Annual report on the Civil Veterinary Department, Burma (including the Insein Veterinary School) - 1910-1922
Year: 1910
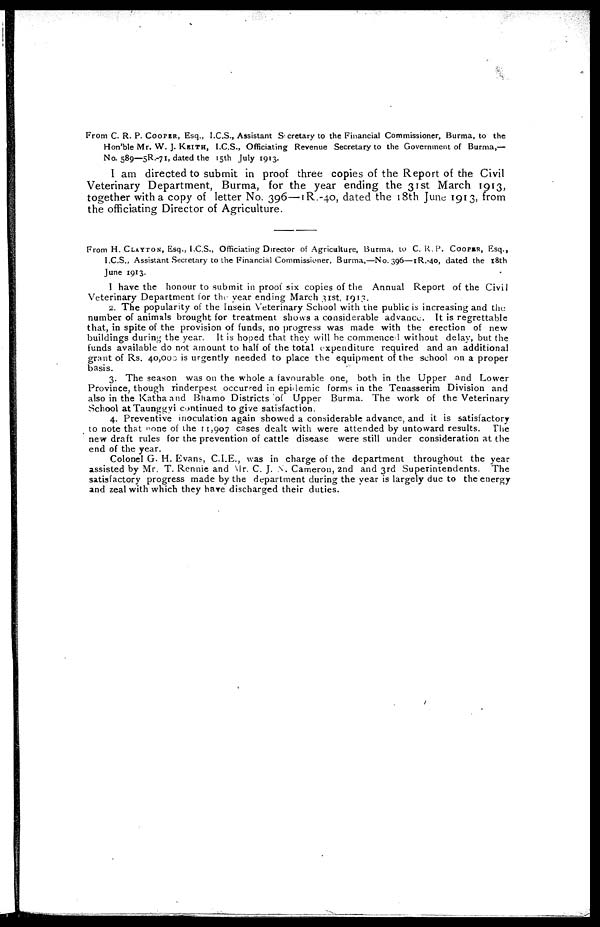
From C. R. P. COOPER, Esq., I.C.S., Assistant Secretary to the Financial Commissioner, Burma, to the
Hon'ble Mr. W. J. KEITH, I.C.S., Officiating Revenue Secretary to the Government of Burma,—
No. 589—5R.-71, dated the 15th July 1913.
I am directed to submit in proof three copies of the Report of the Civil
Veterinary Department, Burma, for the year ending the 31st March 1913,
together with a copy of letter No. 396—1R.-40, dated the 18th June 1913, from
the officiating Director of Agriculture.
From H. CLAYTON, Esq., I.C.S., Officiating Director of Agriculture, Burma, to C. R.P. COOPER, Esq.,
I.C.S., Assistant Secretary to the Financial Commissioner, Burma,—No. 396—1R.-40, dated the 18th
June 1913.
I have the honour to submit in proof six copies of the Annual Report of the Civil
Veterinary Department tor the year ending March 31st, 1913.
2. The popularity of the Insein Veterinary School with the public is increasing and the
number of animals brought for treatment shows a considerable advance. It is regrettable
that, in spite of the provision of funds, no progress was made with the erection of new
buildings during the year. It is hoped that they will be commenced without delay, but the
funds available do not amount to half of the total expenditure required and an additional
grant of Rs. 40,000 is urgently needed to place the equipment of the school on a proper
basis.
3. The season was on the whole a favourable one, both in the Upper and Lower
Province, though rinderpest occurred in epidemic forms in the Tenasserim Division and
also in the Katha and Bhamo Districts of Upper Burma. The work of the Veterinary
School at Taunggyi continued to give satisfaction.
4. Preventive inoculation again showed a considerable advance, and it is satisfactory
to note that none of the 11,907 cases dealt with were attended by untoward results.
The
new draft rules for the prevention of cattle disease were still under consideration at the
end of the year.
Colonel G. H. Evans, CLE., was in charge of the department throughout the year
assisted by Mr. T„ Rennie and Mr. C. J. N. Cameron, 2nd and 3rd Superintendents.
The
satisfactory progress made by the department during the year is largely due to the energy
and zeal with which they have discharged their duties.